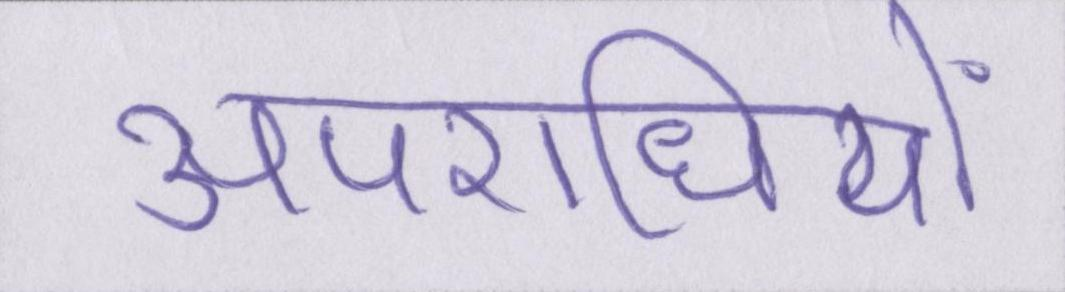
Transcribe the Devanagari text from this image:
अपराधियों